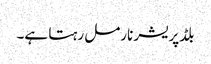
بلڈپریشر نارمل رہتا ہے۔